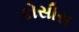
કોસીસ